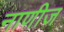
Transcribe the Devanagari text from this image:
नाणीज